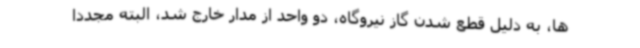
ها، به دلیل قطع شدن گاز نیروگاه، دو واحد از مدار خارج شد، البته مجددا